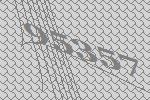
95357